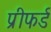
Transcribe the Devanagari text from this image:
प्रीफर्ड